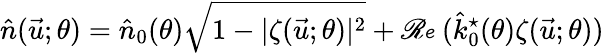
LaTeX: \hat{n}(\vec{u};\theta)=\hat{n}_{0}(\theta)\sqrt{1-|\zeta(\vec{u};\theta)|^{2}}+\mathscr{Re}(\hat{k}_{0}^{\star}(\theta)\zeta(\vec{u};\theta))